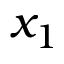
x _ { 1 }